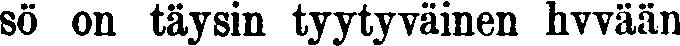
sö on täysin tyytyväinen hyvään